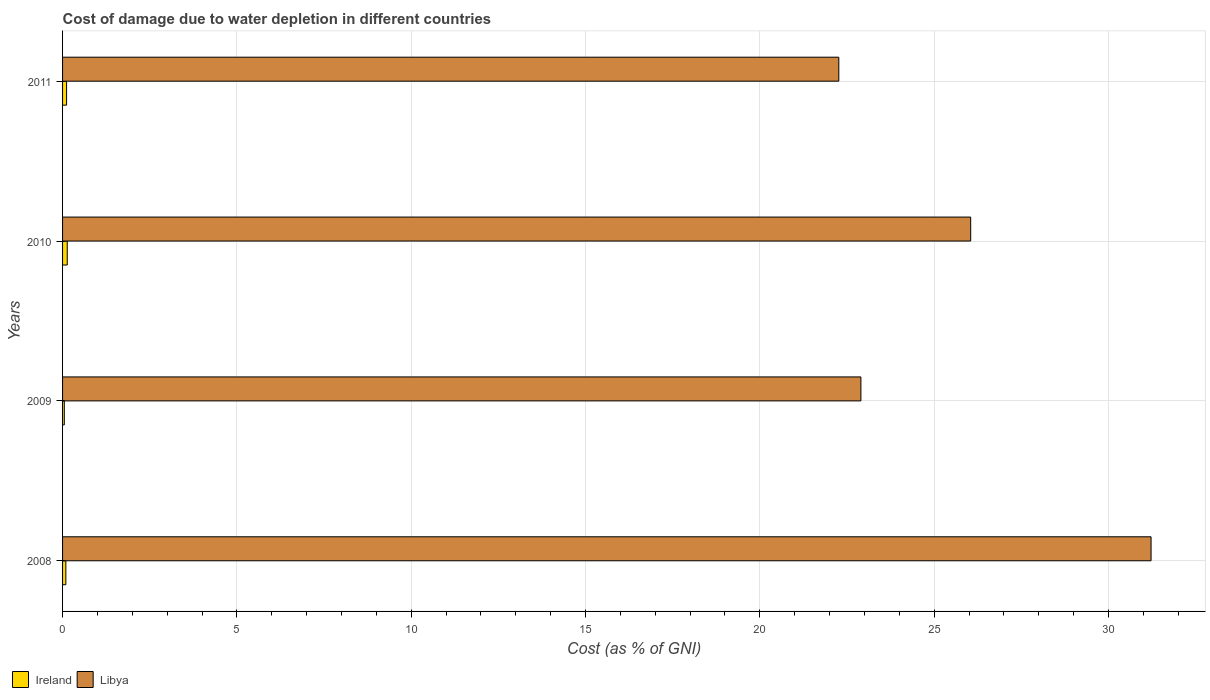
| Years | Ireland | Libya |
 | --- | --- | --- |
 | 2008 | 0.0943 | 31.2 |
 | 2009 | 0.0503 | 22.9 |
 | 2010 | 0.134 | 26 |
 | 2011 | 0.115 | 22.3 |